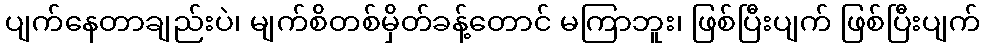
ပျက်နေတာချည်းပဲ၊ မျက်စိတစ်မှိတ်ခန့်တောင် မကြာဘူး၊ ဖြစ်ပြီးပျက် ဖြစ်ပြီးပျက်